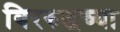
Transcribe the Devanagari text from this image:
विररुद्धच्या